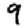
Digit: 9